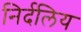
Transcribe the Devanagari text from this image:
निर्दलिय